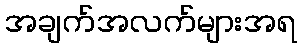
အချက်အလက်များအရ